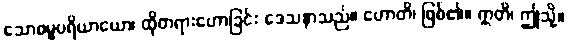
သောဓမ္မပရိယာယော၊ ထိုတရားဟောခြင်း ဒေသနာသည်။ ဟောတိ၊ ဖြစ်၏။ ဣတိ၊ ဤသို့။